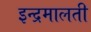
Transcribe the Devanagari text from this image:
इन्द्रमालती